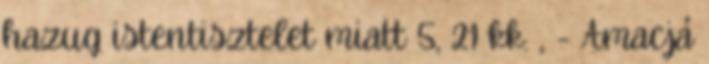
hazug istentisztelet miatt 5, 21 kk. , - Amacjá